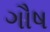
ગૌષ